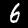
Digit: 6